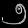
Digit: ၅